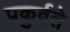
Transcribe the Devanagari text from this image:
प्रकुर्वते